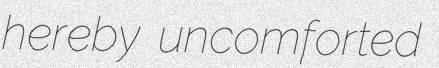
hereby uncomforted